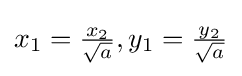
\textstyle x_{1}={\frac {x_{2}}{\sqrt {a}}},y_{1}={\frac {y_{2}}{\sqrt {a}}}